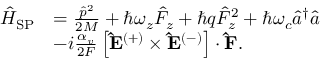
\begin{array} { r l } { \hat { H } _ { \mathrm { S P } } } & { = \frac { \hat { p } ^ { 2 } } { 2 M } + \hbar \omega _ { z } \hat { F } _ { z } + \hbar q \hat { F } _ { z } ^ { 2 } + \hbar \omega _ { c } \hat { a } ^ { \dagger } \hat { a } } \\ & { - i \frac { \alpha _ { v } } { 2 F } \left[ \mathbf { \hat { E } ^ { ( + ) } } \times \mathbf { \hat { E } } ^ { ( - ) } \right] \cdot \mathbf { \hat { F } } . } \end{array}